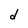
Character: d